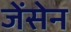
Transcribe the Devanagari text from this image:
जेंसेन